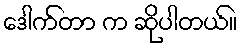
ဒေါက်တာ က ဆိုပါတယ်။